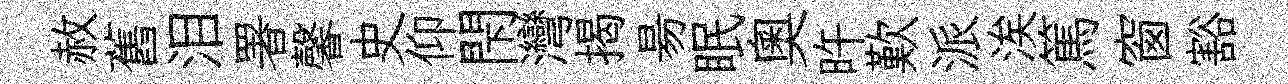
赦舊泪署馨史仰閇灣揭昜眠奧旿歎派涘篤窗豁